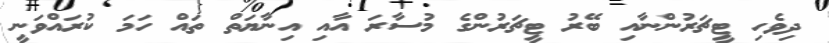
ދިވެހި ޓީޗަރުންނާއި ބޭރު ޓީޗަރުންގެ މުސާރަ އާއި އިނާޔަތް ތައް ހަމަ ކުރައްވަނީ